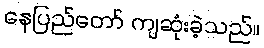
နေပြည်တော် ကျဆုံးခဲ့သည်။